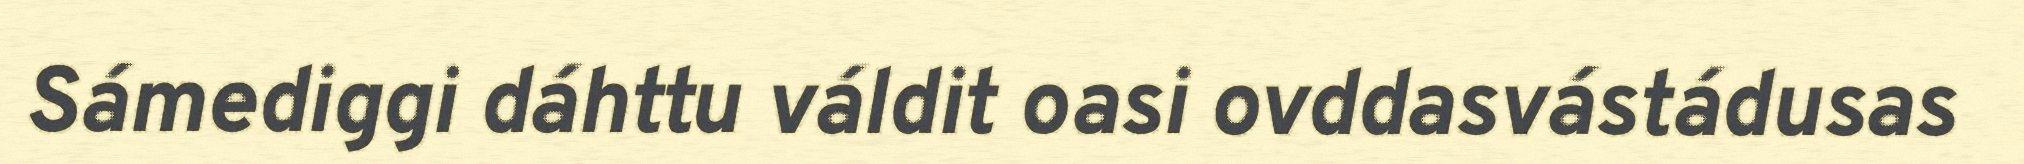
Sámediggi dáhttu váldit oasi ovddasvástádusas